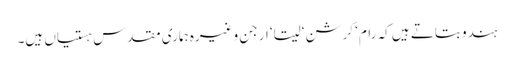
ہندو بتاتے ہیں کہ رام‘ کرشن‘ سیتا‘ ارجن وغیرہ ہماری مقدس ہستیاں ہیں۔